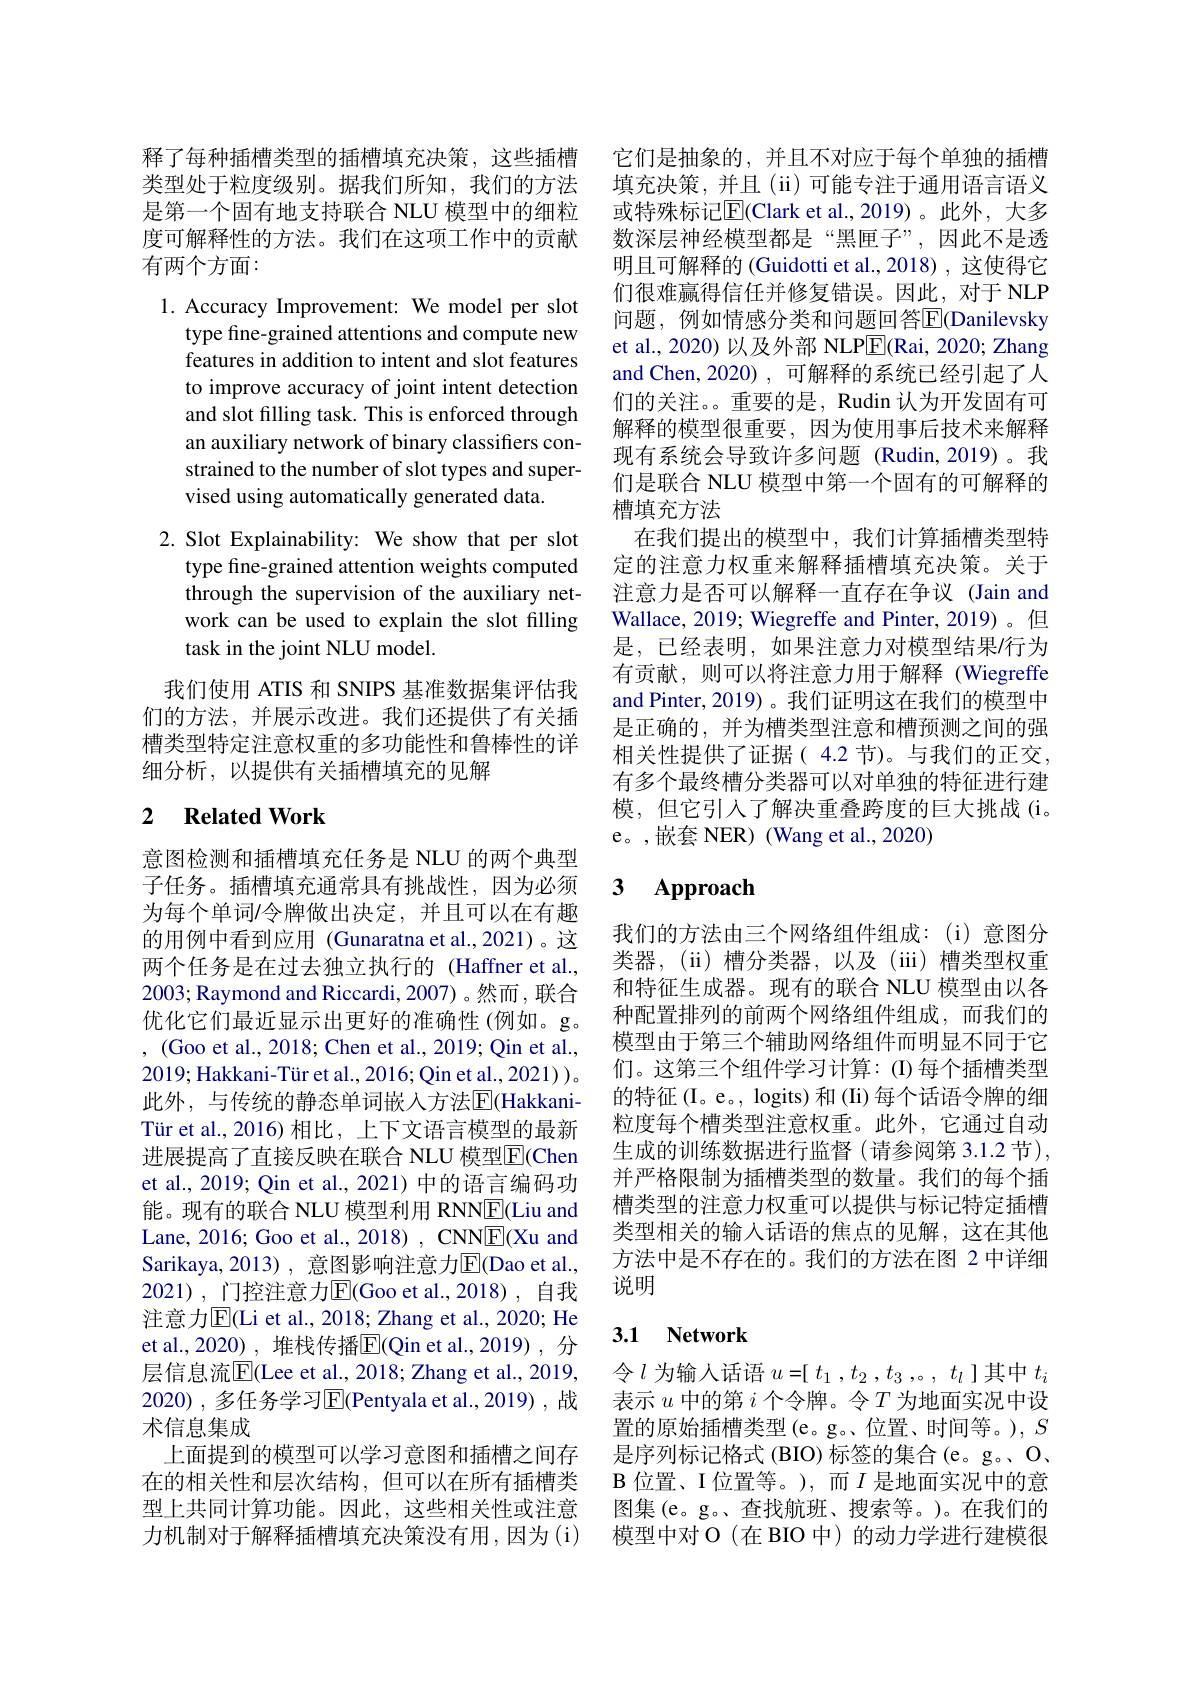
释了每种插槽类型的插槽填充决策，这些插槽类型处于粒度级别。据我们所知，我们的方法是第一个固有地支持联合 NLU 模型中的细粒度可解释性的方法。我们在这项工作中的贡献有两个方面：

1. Accuracy Improvement: We model per slot
type fine-grained attentions and compute new features in addition to intent and slot features to improve accuracy of joint intent detection and slot filling task. This is enforced through an auxiliary network of binary classifiers constrained to the number of slot types and supervised using automatically generated data.

2. Slot Explainability: We show that per slot
type fine-grained attention weights computed through the supervision of the auxiliary network can be used to explain the slot filling task in the joint NLU model.

我们使用 ATIS 和 SNIPS 基准数据集评估我们的方法，并展示改进。我们还提供了有关插槽类型特定注意权重的多功能性和鲁棒性的详细分析，以提供有关插槽填充的见解

## 2 $\textbf{Related Work}$

意图检测和插槽填充任务是 NLU 的两个典型子任务。插槽填充通常具有挑战性，因为必须为每个单词/令牌做出决定，并且可以在有趣的用例中看到应用 (Gunaratna et al.,2021)。这两个任务是在过去独立执行的 (Haffner et al., 2003; Raymond and Riccardi, 2007) 。然而 , 联合优化它们最近显示出更好的准确性(例如。g。, (Goo et al., 2018; Chen et al., 2019; Qin et al., 2019; Hakkani-Tür et al., 2016; Qin et al., 2021) )。此外，与传统的静态单词嵌人方法$\overline{\mathrm{E}}($HakkaniTür et al., 2016) 相比，上下文语言模型的最新进展提高了直接反映在联合 NLU 模型$\overline{\mathrm{F}}($Chen et al., 2019; Qin et al., 2021) 中的语言编码功能。现有的联合 NLU 模型利用 RNNE(Liu and Lane, 2016; Goo et al., 2018) , CNNE(Xu and Sarikaya, 2013), 意图影响注意力$\overline{\mathrm{E}}($Dao et al., 2021),门控注意力$\overline{\mathrm{E}}($Goo et al.,2018),自我注意力$\overline{\mathrm{E}}($Li et al., 2018; Zhang et al., 2020; He et al.,2020) , 堆栈传播$\overline{\mathrm{E}}($Qin et al.,2019), 分层信息流$\overline{\mathrm{E}}($Lee et al., 2018; Zhang et al., 2019, 2020) , 多任务学习$\overline{\mathrm{E}}($Pentyala et al.,2019) , 战术信息集成
上面提到的模型可以学习意图和插槽之间存在的相关性和层次结构，但可以在所有插槽类型上共同计算功能。因此，这些相关性或注意力机制对于解释插槽填充决策没有用，因为(i)

它们是抽象的，并且不对应于每个单独的插槽填充决策，并且(ii)可能专注于通用语言语义或特殊标记$\overline{\mathrm{E}}($Clark et al.,2019)。此外，大多数深层神经模型都是“黑匣子”,因此不是透明且可解释的 (Guidotti et al.,2018), 这使得它们很难赢得信任并修复错误。因此，对于 NLP 问题，例如情感分类和问题回答$\overline{\mathrm{E}}$(Danilevsky et al., 2020) 以及外部 NLP$\overline{\mathrm{E}}($Rai, 2020; Zhang and Chen, 2020) , 可解释的系统已经引起了人们的关注。重要的是，Rudin 认为开发固有可解释的模型很重要，因为使用事后技术来解释现有系统会导致许多问题(Rudin,2019)。我们是联合 NLU 模型中第一个固有的可解释的槽填充方法
在我们提出的模型中，我们计算插槽类型特定的注意力权重来解释插槽填充决策。关于注意力是否可以解释一直存在争议 (Jain and Wallace, 2019; Wiegreffe and Pinter, 2019)。但是，已经表明，如果注意力对模型结果/行为有贡献，则可以将注意力用于解释(Wiegreffe and Pinter, 2019) 。我们证明这在我们的模型中是正确的，并为槽类型注意和槽预测之间的强相关性提供了证据(4.2 节)。与我们的正交， 有多个最终槽分类器可以对单独的特征进行建模，但它引入了解决重叠跨度的巨大挑战(i。e。,嵌套 NER)(Wang et al.,2020)

## 3 Approach

我们的方法由三个网络组件组成：(i)意图分类器，(ii)槽分类器，以及(iii)槽类型权重和特征生成器。现有的联合 NLU 模型由以各种配置排列的前两个网络组件组成，而我们的模型由于第三个辅助网络组件而明显不同于它们。这第三个组件学习计算：(I)每个插槽类型的特征(I。e。, logits) 和 (Ii) 每个话语令牌的细粒度每个槽类型注意权重。此外，它通过自动生成的训练数据进行监督(请参阅第 3.1.2 节), 并严格限制为插槽类型的数量。我们的每个插槽类型的注意力权重可以提供与标记特定插槽类型相关的输入话语的焦点的见解，这在其他方法中是不存在的。我们的方法在图 2 中详细说明

## 3.1 Network

令$l$为输入话语$u=[t_1,t_2,t_3,。,t_l]$其中$t_i$ 表示$u$中的第$i$个令牌。令$T$为地面实况中设置的原始插槽类型(e。g。位置、时间等。), $S$ 是序列标记格式 (BIO) 标签的集合 (e。g。, O、 B 位置、I 位置等。),而$I$是地面实况中的意图集(e。g。查找航班、搜索等。)。在我们的模型中对 O (在 BIO 中) 的动力学进行建模很